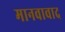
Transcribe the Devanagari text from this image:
मानवावाद